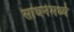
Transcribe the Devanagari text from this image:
साधनेमध्ये